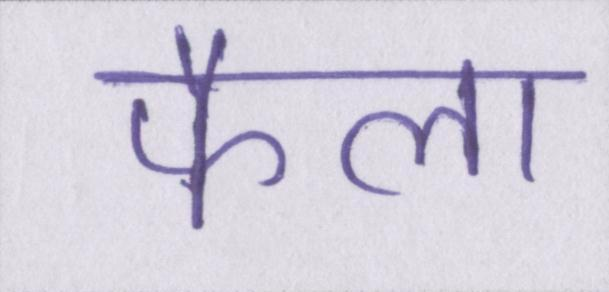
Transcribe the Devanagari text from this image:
फैला